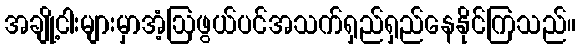
အချို့ငါးများမှာအံ့ဩဖွယ်ပင်အသက်ရှည်ရှည်နေနိုင်ကြသည်။